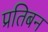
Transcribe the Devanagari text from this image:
प्रतिबन